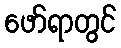
ဖော်ရာတွင်